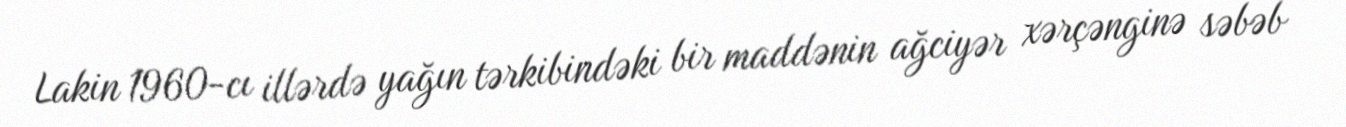
Lakin 1960-cı illərdə yağın tərkibindəki bir maddənin ağciyər xərçənginə səbəb